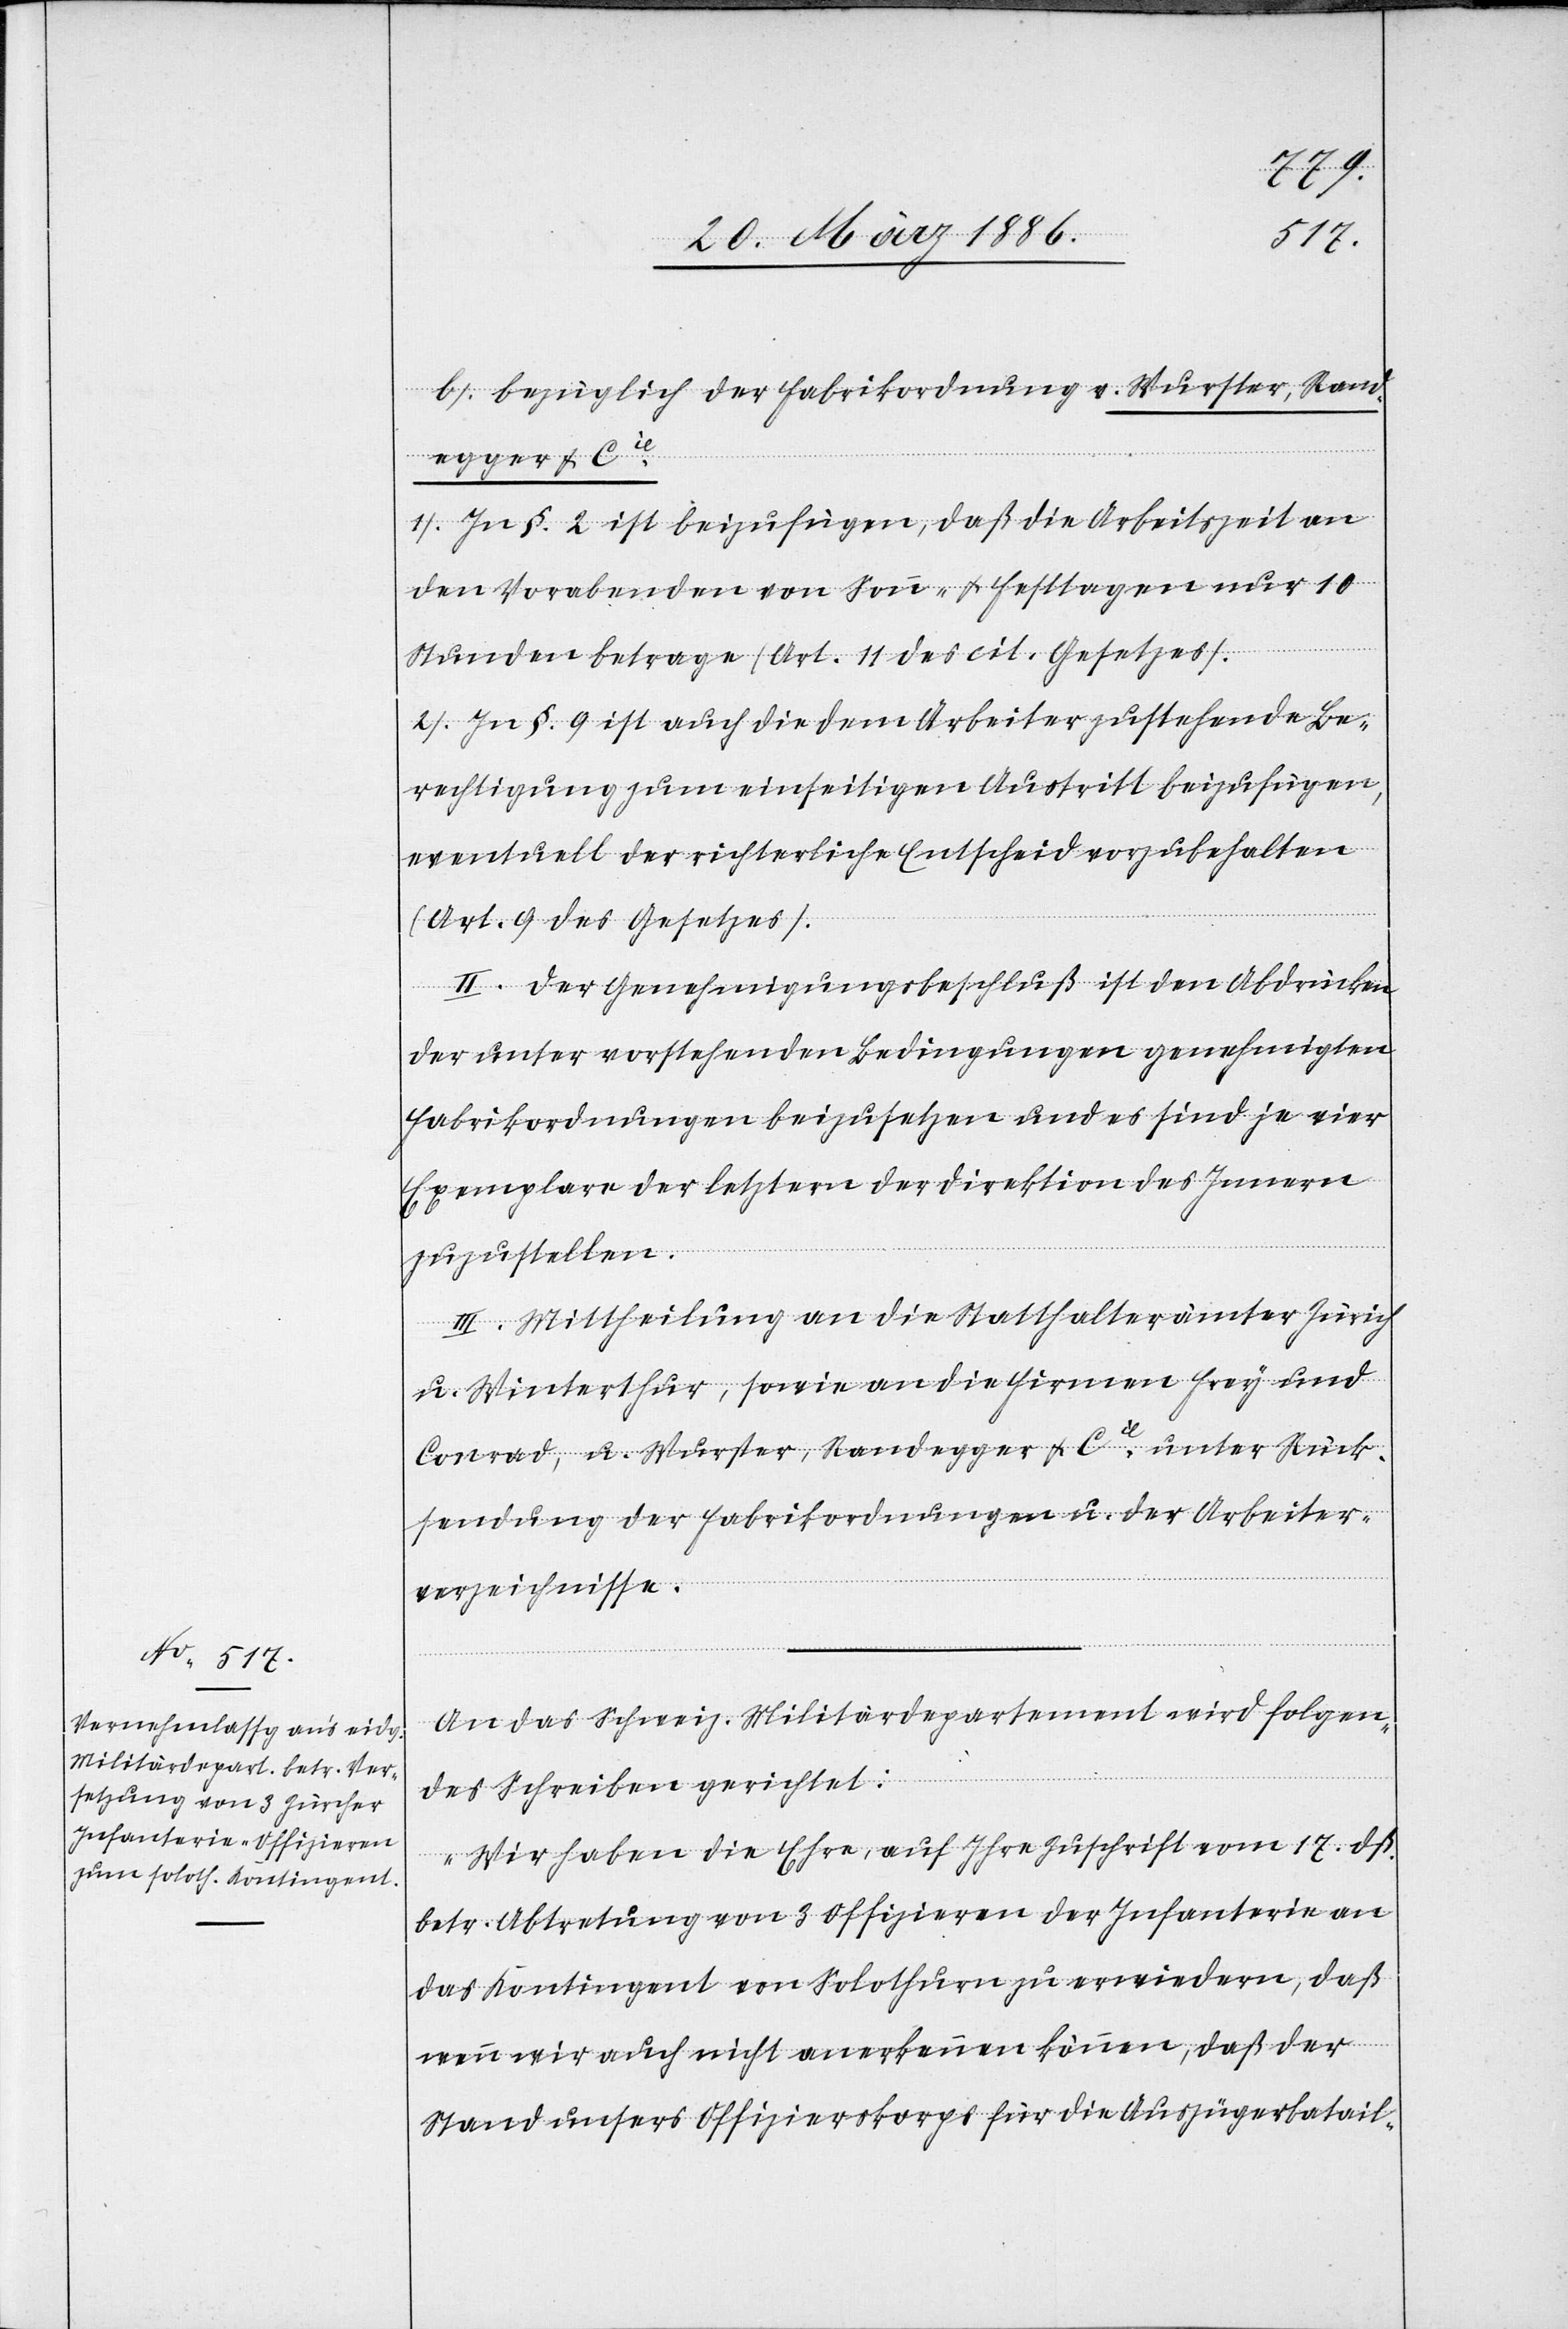
b). Bezüglich der Fabrikordnung v. Wurster, Rand¬
egger & Cie.
1) In §. 2 ist beizufügen, daß die Arbeitszeit an
den Vorabenden von Sonn- & Festtagen nur 10
Stunden betrage (Art. 11 des cit. Gesetzes).
2) In §. 9 ist auch die dem Arbeiter zustehende Be¬
rechtigung zum einseitigen Austritt beizufügen,
eventuell der richterliche Entscheid vorzubehalten
(Art. 9 des Gesetzes).
II. Der Genehmigungsbeschluß ist dem Abdrücken
der unter vorstehenden Bedingungen genehmigten
Fabrikordnung beizusetzen und es sind je vier
Exemplare der letztern der Direktion des Innern
zuzustellen.
III. Mittheilung an die Statthalterämter Zürich
u. Winterthur, sowie an die Firmen Frey und
Conrad, u. Wurster, Randegger & Cie. unter Rück¬
sendung der Fabrikordnungen u. der Arbeiter¬
verzeichnisse.
An das schweiz. Militärdepartement wird folgen¬
des Schreiben gerichtet:
„Wir haben die Ehre, auf Ihre Zuschrift vom 17. dß.
betr. Abtretung von 3 Offizieren der Infanterie an
das Kontingent von Solothurn zu erwiedern, daß
wenn wir auch nicht anerkennen können, daß der
Stand unseres Offizierskorps für die Auszügerbatail-